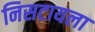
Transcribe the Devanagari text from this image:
निसटायला